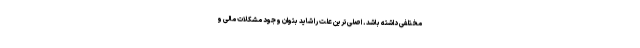
مختلفی داشته باشد. اصلی‌ترین علت را شاید بتوان وجود مشکلات مالی و